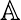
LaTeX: \mathbb{A}